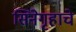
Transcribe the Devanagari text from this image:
सिनेगृहाचे